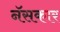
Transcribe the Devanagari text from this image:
नॅसकार